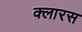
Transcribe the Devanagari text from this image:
क्लारस